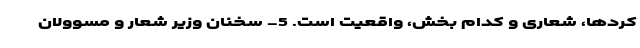
کردها، شعاری و کدام بخش، واقعیت است. 5- سخنان وزیر شعار و مسوولان